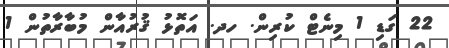
22 ގަޑި 1 މިނެޓް ކުރިން. ހދ. އަތޮޅު ޤުރުއާން މުބާރާތުން 1